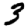
Digit: 3